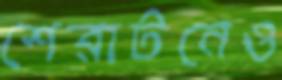
শেরাটনেও